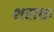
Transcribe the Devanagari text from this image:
शसक्त